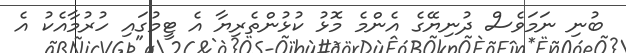
ބުނި ނަމަވެސް ދުނިޔޭގެ އެންމެ މޮޅު ކުޅުންތެރިޔާ އެ ޓީމުގައި ހުރުމާއެކު އެ